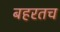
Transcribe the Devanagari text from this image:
बहरतच